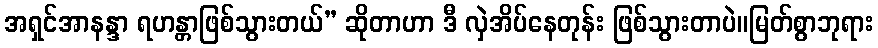
အရှင်အာနန္ဒာ ရဟန္တာဖြစ်သွားတယ်” ဆိုတာဟာ ဒီ လှဲအိပ်နေတုန်း ဖြစ်သွားတာပဲ။မြတ်စွာဘုရား